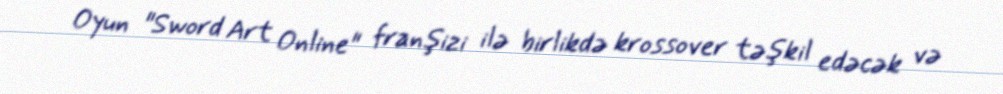
Oyun "Sword Art Online" franşizi ilə birlikdə krossover təşkil edəcək və